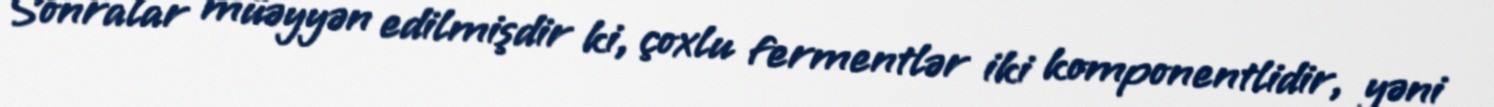
Sonralar müəyyən edilmişdir ki, çoxlu fermentlər iki komponentlidir, yəni